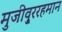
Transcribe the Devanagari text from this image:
मुजीवु्ररहमान